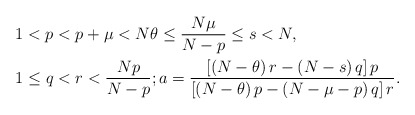
\begin{align*}1 & <p<p+\mu<N\theta\leq\frac{N\mu}{N-p}\leq s<N,\\1 & \leq q<r<\frac{Np}{N-p};a=\frac{\left[ \left( N-\theta\right)r-\left( N-s\right) q\right] p}{\left[ \left( N-\theta\right) p-\left(N-\mu-p\right) q\right] r}.\end{align*}